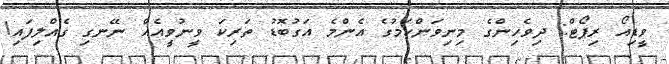
ވީޑިއޯ ރިޕޯޓް: ދިވެހިންގެ މިނިވަންކަމުގެ އެންމެ އަގުބޮޑު ތަރިކަ ވީނުވީއެއް ނޭނގި ގެއްލިފައި!